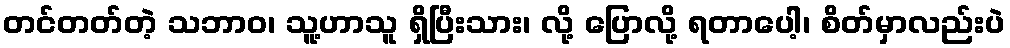
တင်တတ်တဲ့ သဘာဝ၊ သူ့ဟာသူ ရှိပြီးသား၊ လို့ ပြောလို့ ရတာပေါ့၊ စိတ်မှာလည်းပဲ